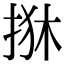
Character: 𢬺